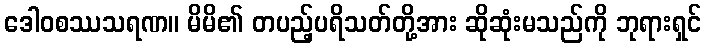
ဒေါဝစဿသရဏ။ မိမိ၏ တပည့်ပရိသတ်တို့အား ဆိုဆုံးမသည်ကို ဘုရားရှင်